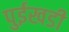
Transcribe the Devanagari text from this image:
पुईखडी